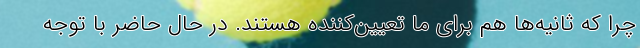
چرا که ثانیه‌ها هم برای ما تعیین‌کننده هستند. در حال حاضر با توجه